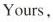
Yours，